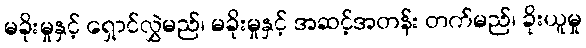
မခိုးမှုနှင့် ရှောင်လွှဲမည်၊ မခိုးမှုနှင့် အဆင့်အတန်း တက်မည်၊ ခိုးယူမှု